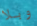
وبلا